Civil Veterinary Dept. North-West Frontier Province 1901-22 - 1901-1922
Year: 1901
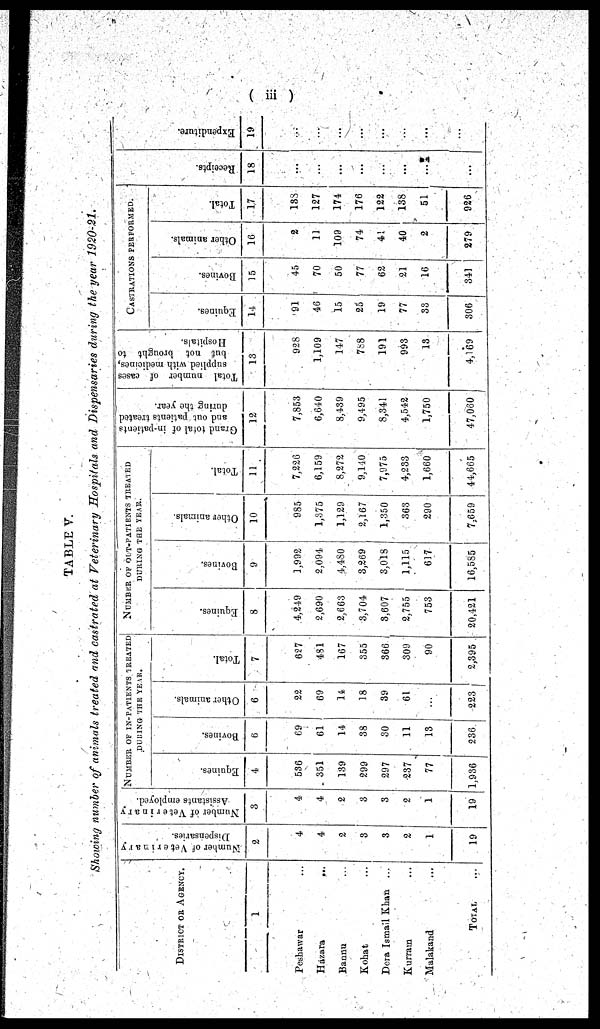
(iii)
TABLE V.
Showing number of animals treated and castrated at Veterinary Hospitals and Dispensaries during the year 1920-21.
DISTRICT OR AGENCY.
1
Peshawar ...
Hazara
...
Bannu ...
Kohat ...
Dera Ismail Khan ...
Kurram ...
Malakand ...
TOTAL ..
Number of Veterinary
Dispensaries.
2
4
4
2
3
3
2
1
19
Number of Veterinary
Assistants employed.
3
4
4
2
3
3
2
1
19
NUMBER OF IN-PATIENTS TREATED
DURING THE YEAR.
Equines.
4
536
351
139
299
297
237
77
1,936
Bovines.
6
69
61
14
38
30
11
13
236
Other animals.
6
22
69
14
18
39
61
...
223
Total.
7
627
481
167
355
366
309
90
2,395
NUMBER OF OUT-PATIENTS TREATED
DURING THE YEAR.
Equines.
8
4,249
2,690
2,663
3,704
3,607
2,755
753
20,421
Bovines.
9
1,992
2,094
4,480
3,269
3,018
1,115
617
16,585
Other animals.
10
985
1,375
1,129
2,167
1,350
363
290
7,659
Total.
11
7,226
6,159
8,272
9,140
7,975
4,233
1,660
44,665
Grand total
of in-patients
and out patients treated
during the year.
12
7,853
6,640
8,439
9,495
8,341
4,542
1,750
47,060
Total number of cases
supplied with medicines,
but not brought to
Hospitals.
13
928
1,109
147
788
191
993
13
4,169
CASTRATIONS PERFORMED.
Equines.
14
91
46
15
25
19
77
33
306
Bovines.
15
45
70
50
77
62
21
16
341
Other animals.
16
2
11
109
74
45
40
2
279
Total.
17
138
127
174
176
122
138
51
926
Recei pt s.
18
...
...
...
...
...
...
...
... |
Expendi t
ur e.
19
...
...
...
...
...
...
...
...